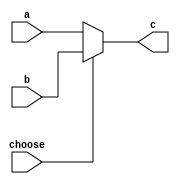
`timescale 1ns / 1ps

module mux_2_5bits(a,b,choose,c);
    input [4:0] a;
    input [4:0] b;
    input choose;
    output [4:0] c;
    
    reg [4:0]temp;
    assign c=temp;
    always @ (a or b or choose) begin
        if(choose==0) temp<=a;
        else temp<=b;
    end
endmodule